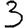
Digit: 3